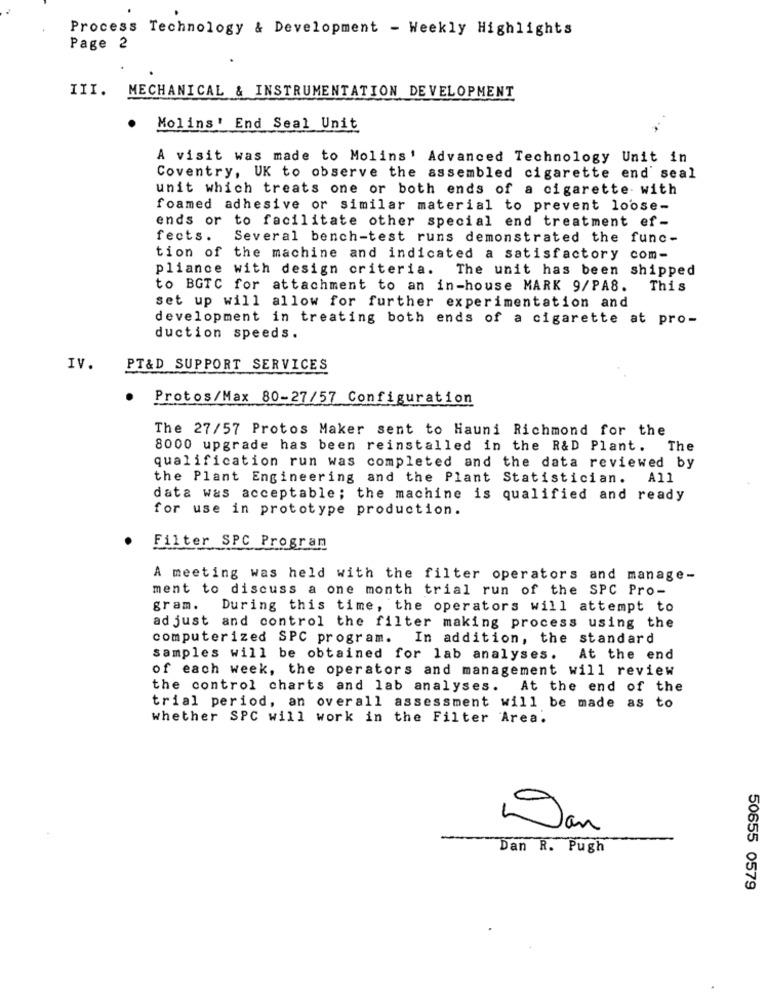
Process Technology & Development - Weekly Highlights
Page 2
III. MECHANICAL & INSTRUMENTATION DEVELOPMENT
Molins' End Seal Unit
A visit was made to Molins' Advanced Technology Unit in
Coventry, UK to observe the assembled cigarette end seal
unit which treats one or both ends of a cigarette with
foamed adhesive or similar material to prevent loose-
ends or to facilitate other special end treatment ef-
fects.
Several bench-test runs demonstrated the func-
tion of the machine and indicated a satisfactory com-
pliance with design criteria. The unit has been shipped
to BGTC for attachment to an in-house MARK 9/PA8.
This
set up will allow for further experimentation and
development in treating both ends of a cigarette at pro-
duction speeds.
IV.
PT&D SUPPORT SERVICES
.
Protos/Max 80-27/57 Configuration
The 27/57 Protos Maker sent to Hauni Richmond for the
8000 upgrade has been reinstalled in the R&D Plant. The
qualification run was completed and the data reviewed by
the Plant Engineering and the Plant Statistician.
A11
data was acceptable; the machine is qualified and ready
for use in prototype production.
Filter SPC Program
A meeting was held with the filter operators and manage-
ment to discuss a one month trial run of the SPC Pro-
gram.
During this time, the operators will attempt to
ad just and control the filter making process using the
computerized SPC program. In addition, the standard
samples will be obtained for lab analyses. At the end
of each week, the operators and management will review
the control charts and lab analyses. At the end of the
trial period, an overall assessment will be made as to
whether SPC will work in the Filter Area.
Dan R. Pugh
50655 0579